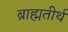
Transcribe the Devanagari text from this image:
ब्राह्मतीर्थ